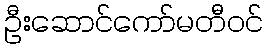
ဦးဆောင်ကော်မတီဝင်